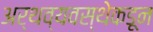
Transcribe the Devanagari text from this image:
अर्थव्यवस्थेकडून